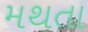
મથતા